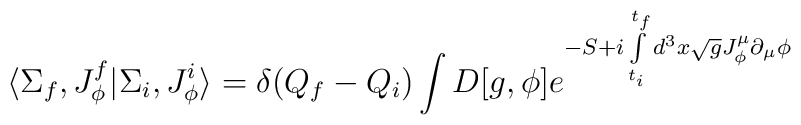
\langle\Sigma_f,J_\phi^f\vert\Sigma_i, J_\phi^i\rangle= \delta(Q_f-Q_i) \int D[g,\phi] {e^{-S + i \int \limits_{t_i}^{t_f}d^3x \sqrt{g} J_\phi^\mu\partial_\mu\phi}}